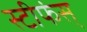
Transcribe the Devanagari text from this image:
स्टीफंस्